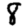
Digit: 8